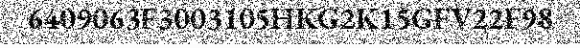
6409063F3003105HKG2K15GFV22F98